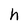
Character: h